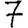
Digit: 7